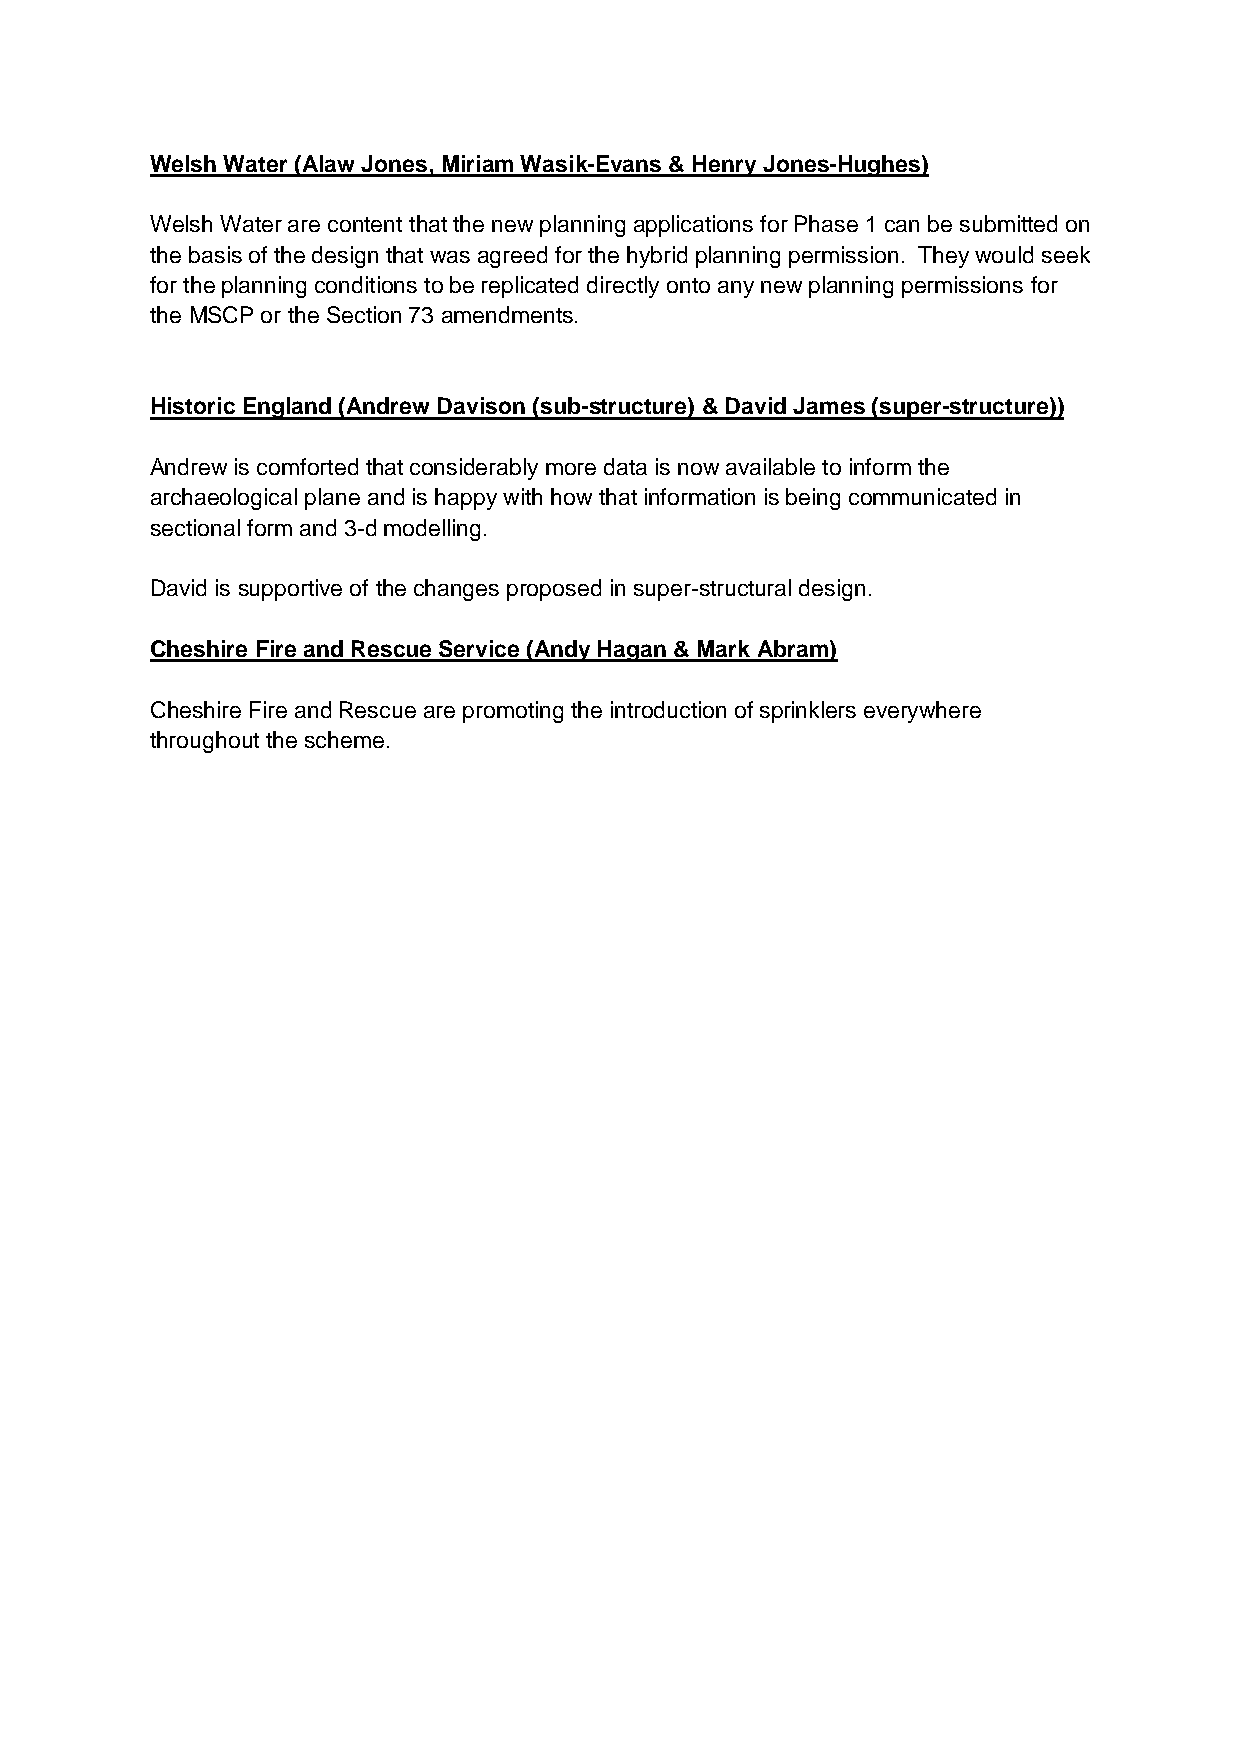
Welsh Water (Alaw Jones, Miriam Wasik-Evans & Henry Jones-Hughes)
 Welsh Water are content that the new planning applications for Phase 1 can be submitted on
 the basis of the design that was agreed for the hybrid planning permission. They would seek
 for the planning conditions to be replicated directly onto any new planning permissions for
 the MSCP or the Section 73 amendments.
 Historic England (Andrew Davison (sub-structure) & David James (super-structure))
 Andrew is comforted that considerably more data is now available to inform the
 archaeological plane and is happy with how that information is being communicated in
 sectional form and 3-d modelling.
 David is supportive of the changes proposed in super-structural design.
 Cheshire Fire and Rescue Service (Andy Hagan & Mark Abram)
 Cheshire Fire and Rescue are promoting the introduction of sprinklers everywhere
 throughout the scheme.